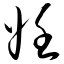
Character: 妊